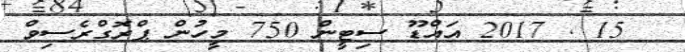
15